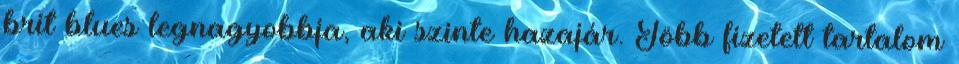
brit blues legnagyobbja, aki szinte hazajár. Több fizetett tartalom